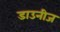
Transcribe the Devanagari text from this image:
डाउनीज